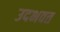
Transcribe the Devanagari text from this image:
उदभवत